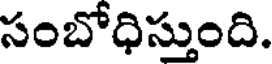
సంబోధిస్తుంది.